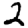
Digit: 2